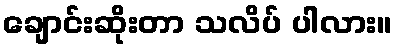
ချောင်းဆိုးတာ သလိပ် ပါလား။